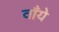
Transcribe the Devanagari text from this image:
वाँये